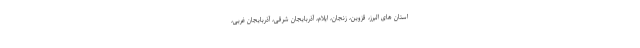
استان های البرز،‌ قزوین، زنجان، ایلام، آذربایجان شرقی، آذربایجان غربی،